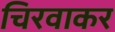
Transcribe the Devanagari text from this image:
चिरवाकर